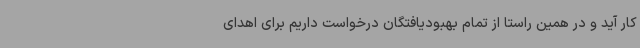
کار آید و در همین راستا از تمام بهبودیافتگان درخواست داریم برای اهدای